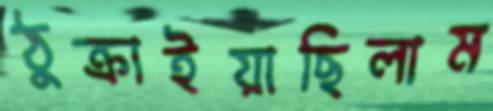
ঠুক্‌রাইয়াছিলাম